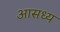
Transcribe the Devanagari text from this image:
आसध्य